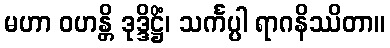
မဟာ ဝဟန္တိ ဒုဒ္ဒိဋ္ဌိံ၊ သင်္ကပ္ပါ ရာဂနိဿိတာ။